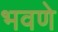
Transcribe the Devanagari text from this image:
भवणे